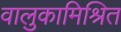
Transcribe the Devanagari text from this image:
वालुकामिश्रित